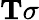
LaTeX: \mathbf{T}\sigma